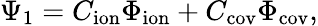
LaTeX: \Psi_{1}=C_{\mathrm{ion}}\Phi_{\mathrm{ion}}+C_{\mathrm{cov}}\Phi_{\mathrm{cov}},